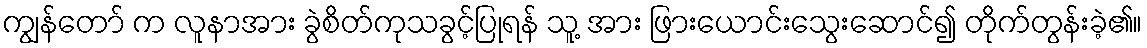
ကျွန်တော် က လူနာအား ခွဲစိတ်ကုသခွင့်ပြုရန် သူ့ အား ဖြားယောင်းသွေးဆောင်၍ တိုက်တွန်းခဲ့၏။